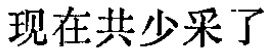
现在共少采了